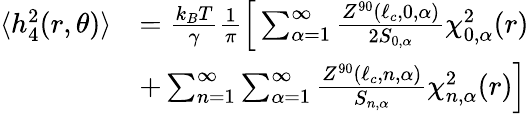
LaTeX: \begin{array}{rl}{\langle h_{4}^{2}(r,\theta)\rangle}&{=\frac{k_{B}T}{\gamma}\frac{1}{\pi}\Big[\sum_{\alpha=1}^{\infty}\frac{Z^{90}(\ell_{c},0,\alpha)}{2S_{0,\alpha}}\chi_{0,\alpha}^{2}(r)}\\ &{+\sum_{n=1}^{\infty}\sum_{\alpha=1}^{\infty}\frac{Z^{90}(\ell_{c},n,\alpha)}{S_{n,\alpha}}\chi_{n,\alpha}^{2}(r)\Big]}\end{array}